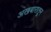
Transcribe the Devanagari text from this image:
अखबारातून